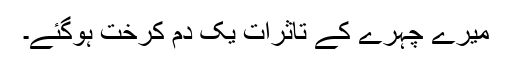
میرے چہرے کے تاثرات یک دم کرخت ہوگئے۔